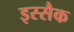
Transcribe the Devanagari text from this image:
इस्सैक